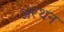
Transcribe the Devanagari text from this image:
अरथन